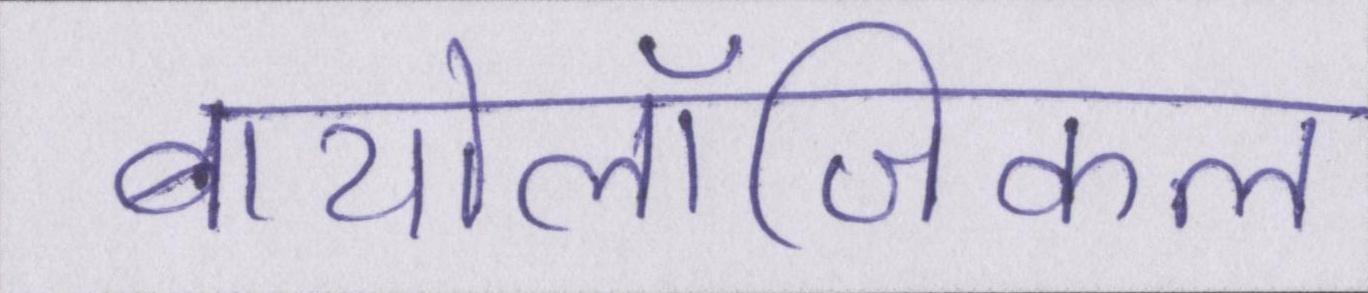
बायोलॉजिकल